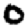
Digit: 0